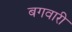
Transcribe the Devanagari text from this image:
बगवारी